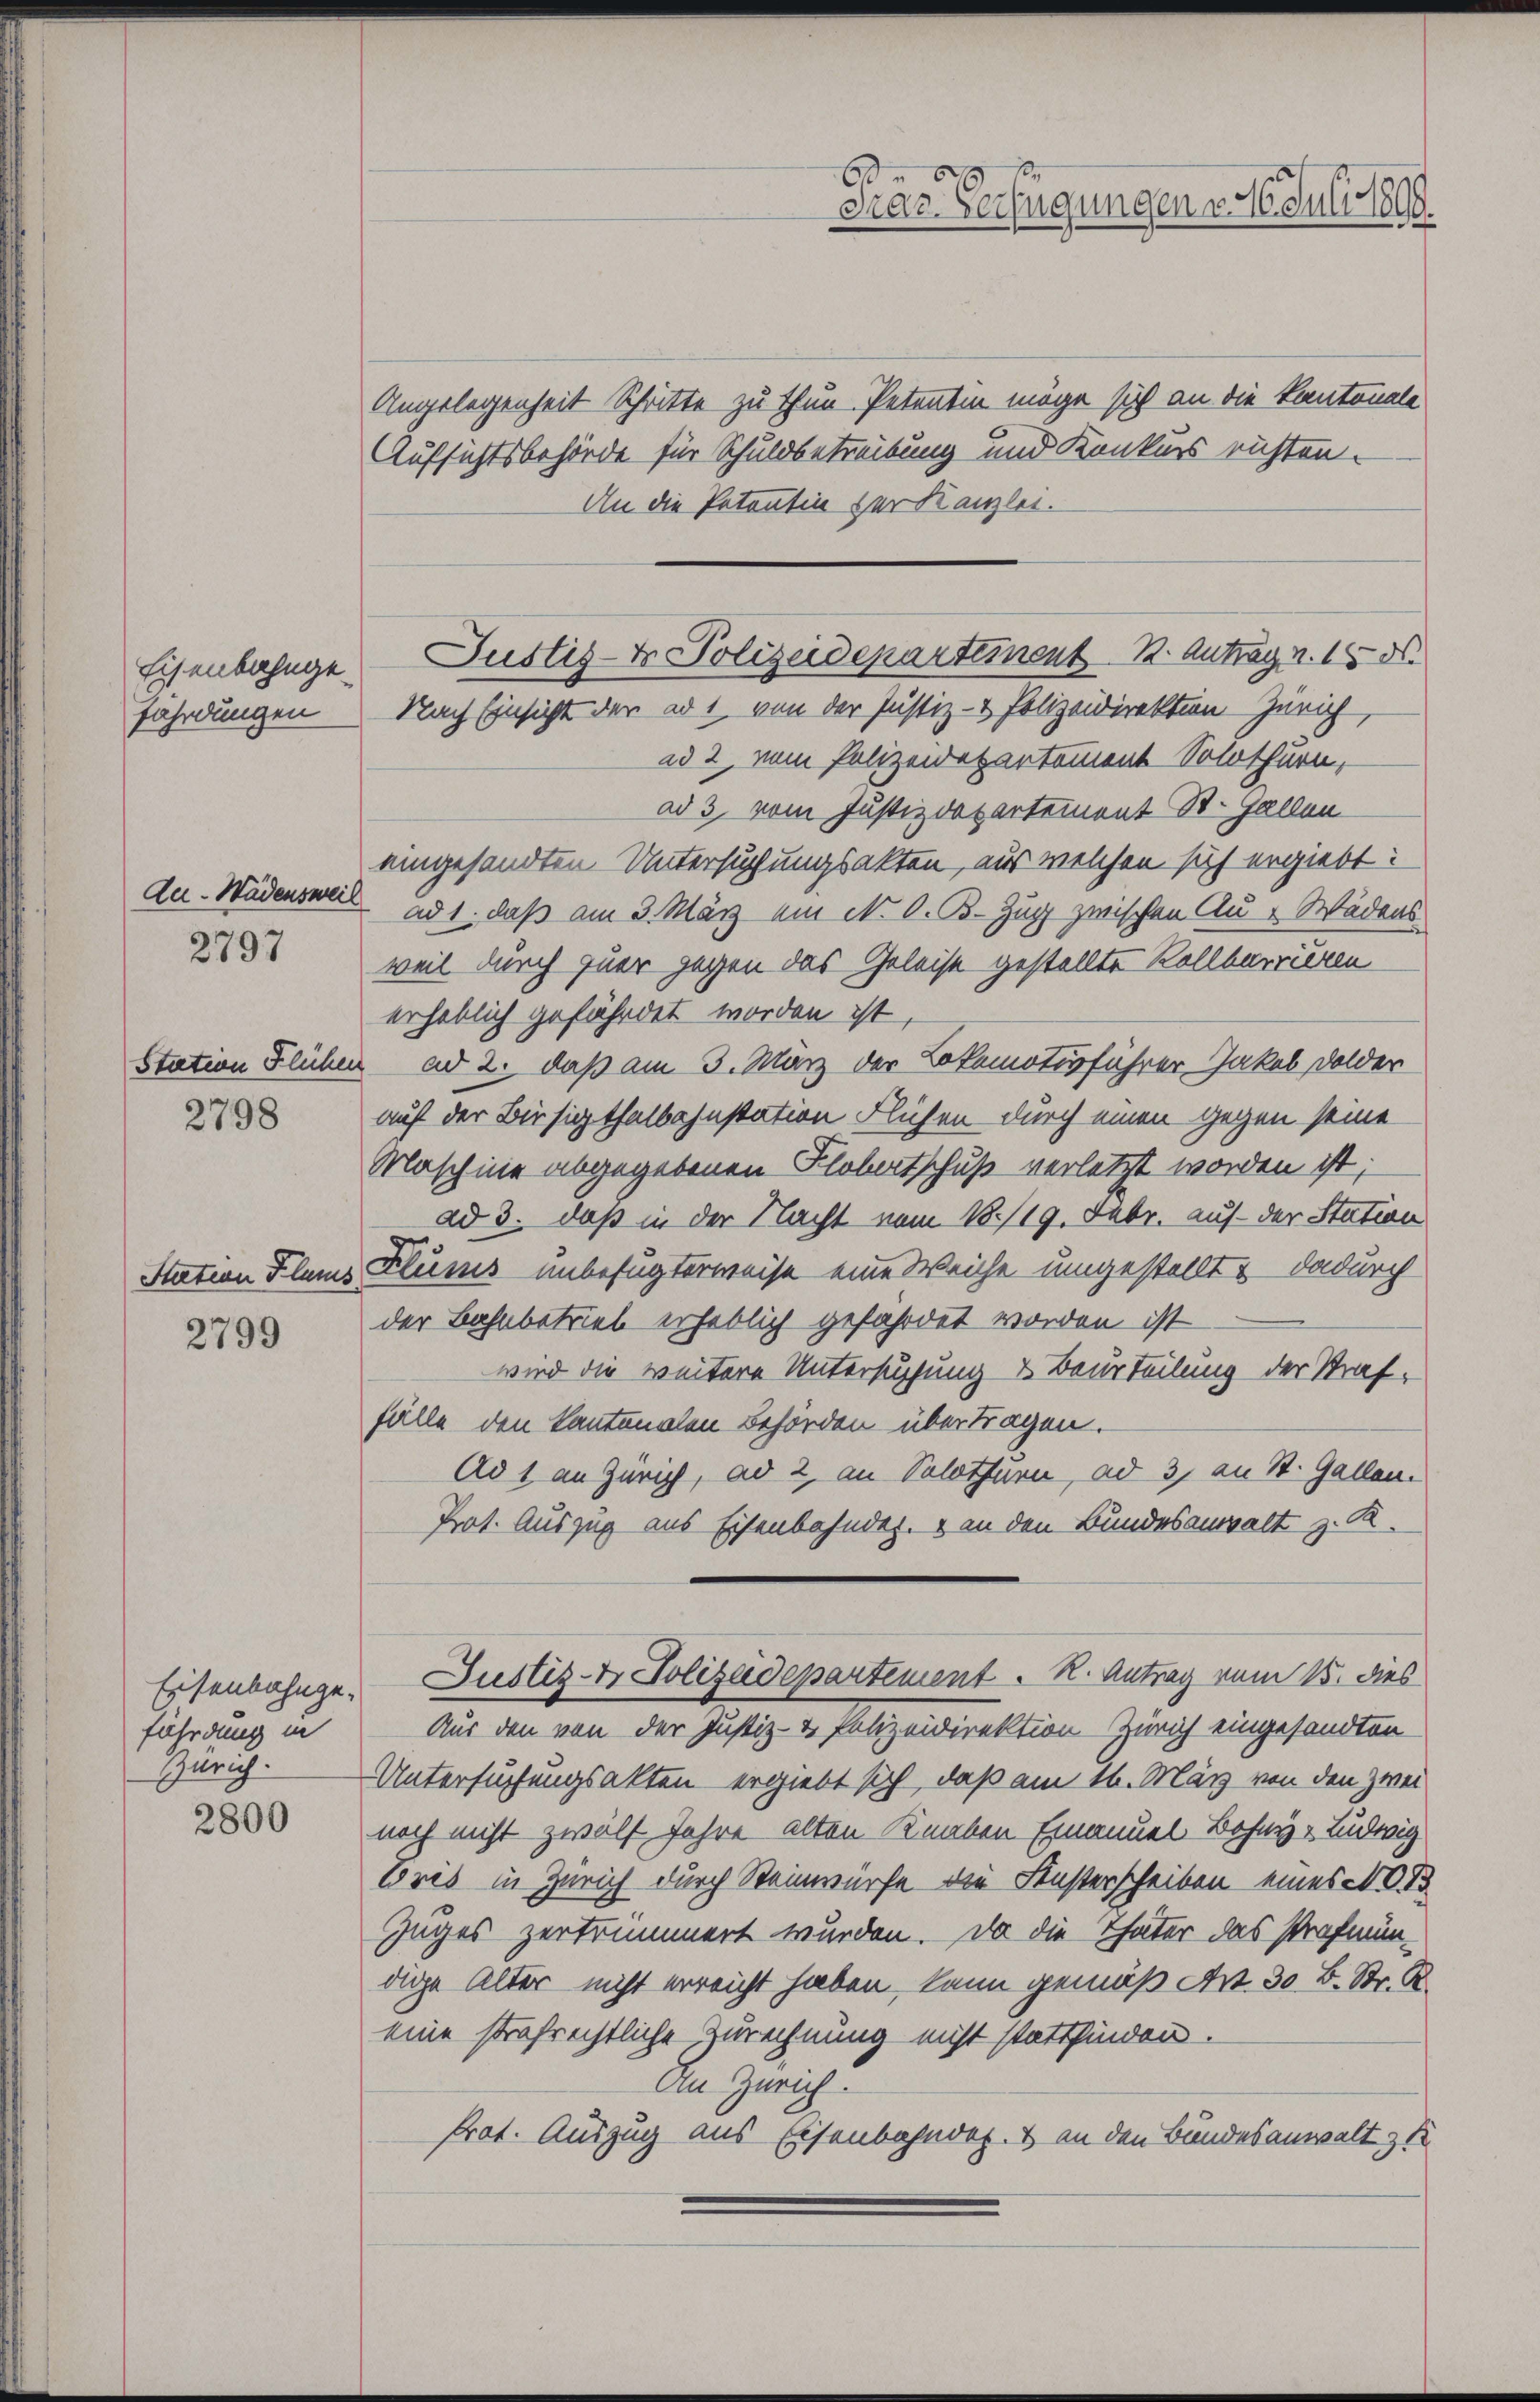
Eisenbahngefährdungen

Aa- Wädensweil
2797

2798

Station Klaus
2799

fährdung in
Zürich.
2800

Angelegenheit Schritte zu thun. Petentin möge sich an die Kantonale
Aufsichtsbehörde für Schuldbetreibung und Konkurs richten.
An die Petentin der Kanzlei.

66
Drar. Verfügungen v. 16. Juli 1890.

Justiz- & Polizeideparteinent K. Antrag n. 15. d.
Nach Einsicht der ad 1 von der Justiz- & Polizeidirektion Zürich,

ad 2, vom Polizeidepartement Solothurn,
ad 3, vom Justizdepartement St. Gallen
eingesandten Untersuchungsakten, aus welchen sich ergiebt:
ad 1. daß am 3. März am N. O. B. Zug zwischen Au - Wädens
weil durch fuer gegen das Geleise gestellte Rollbarrieren
erheblich gefährdet worden ist,
Station Flühen ad 2. daß am 3. März der Lokomotivführer-Jakob Dolder
auf der Bissigthalbahnstation Flichen durch einen gegen seine
Maschine abgegebenen Flobertschuß verletzt worden ist;
ad 3. daß in der Nacht vom 18./19. Febr. auf der Station
Klums unbefugterweise eine Weiche umgestellt & dadurch
der Bahnbetrieb erheblich gefährdet worden ist
wird die weitere Untersuchung & Beurteilung der Straf-
fälle den kantonalen Behörden übertragen.
Ad 1 an Zürich, ad 2, an Solothurn, ad 3, an St. Gallen.
Prot. Auszug aus Eisenbahndaz. & an den Bundesanwalt z. R.
Eisenbahnge. Justiz- & Polizeidepartement. R. Antrag vom 15. dies
Aus den von der Justiz- & Polizeidirektion Zürich eingesandten
Untersuchungsakten ergiebt sich, daß am 16. März von den Zwei
noch nicht zwölf Jahre alten Knaben Emanuel Bohny Ludwig
Oris in Zürich durch Steinwürfe die Fensterscheiben eines N. T
Zuges zertrümmert wurden. Da die Thäter das strafmündige Alter nicht erreicht haben, kann gemäß Art. 30 B. Str. R.
eine strafrechtliche Zurechnung nicht stattfinden.
An Zürich
Prot. Auszug aus Eisenbahndet & an den Bundesanwalt & S